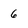
Character: 6